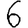
Digit: 6